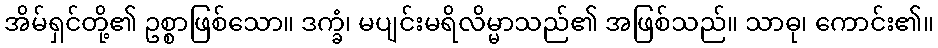
အိမ်ရှင်တို့၏ ဥစ္စာဖြစ်သော။ ဒက္ခံ၊ မပျင်းမရိလိမ္မာသည်၏ အဖြစ်သည်။ သာဓု၊ ကောင်း၏။